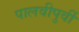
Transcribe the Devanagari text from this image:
पालवीपुर्वी